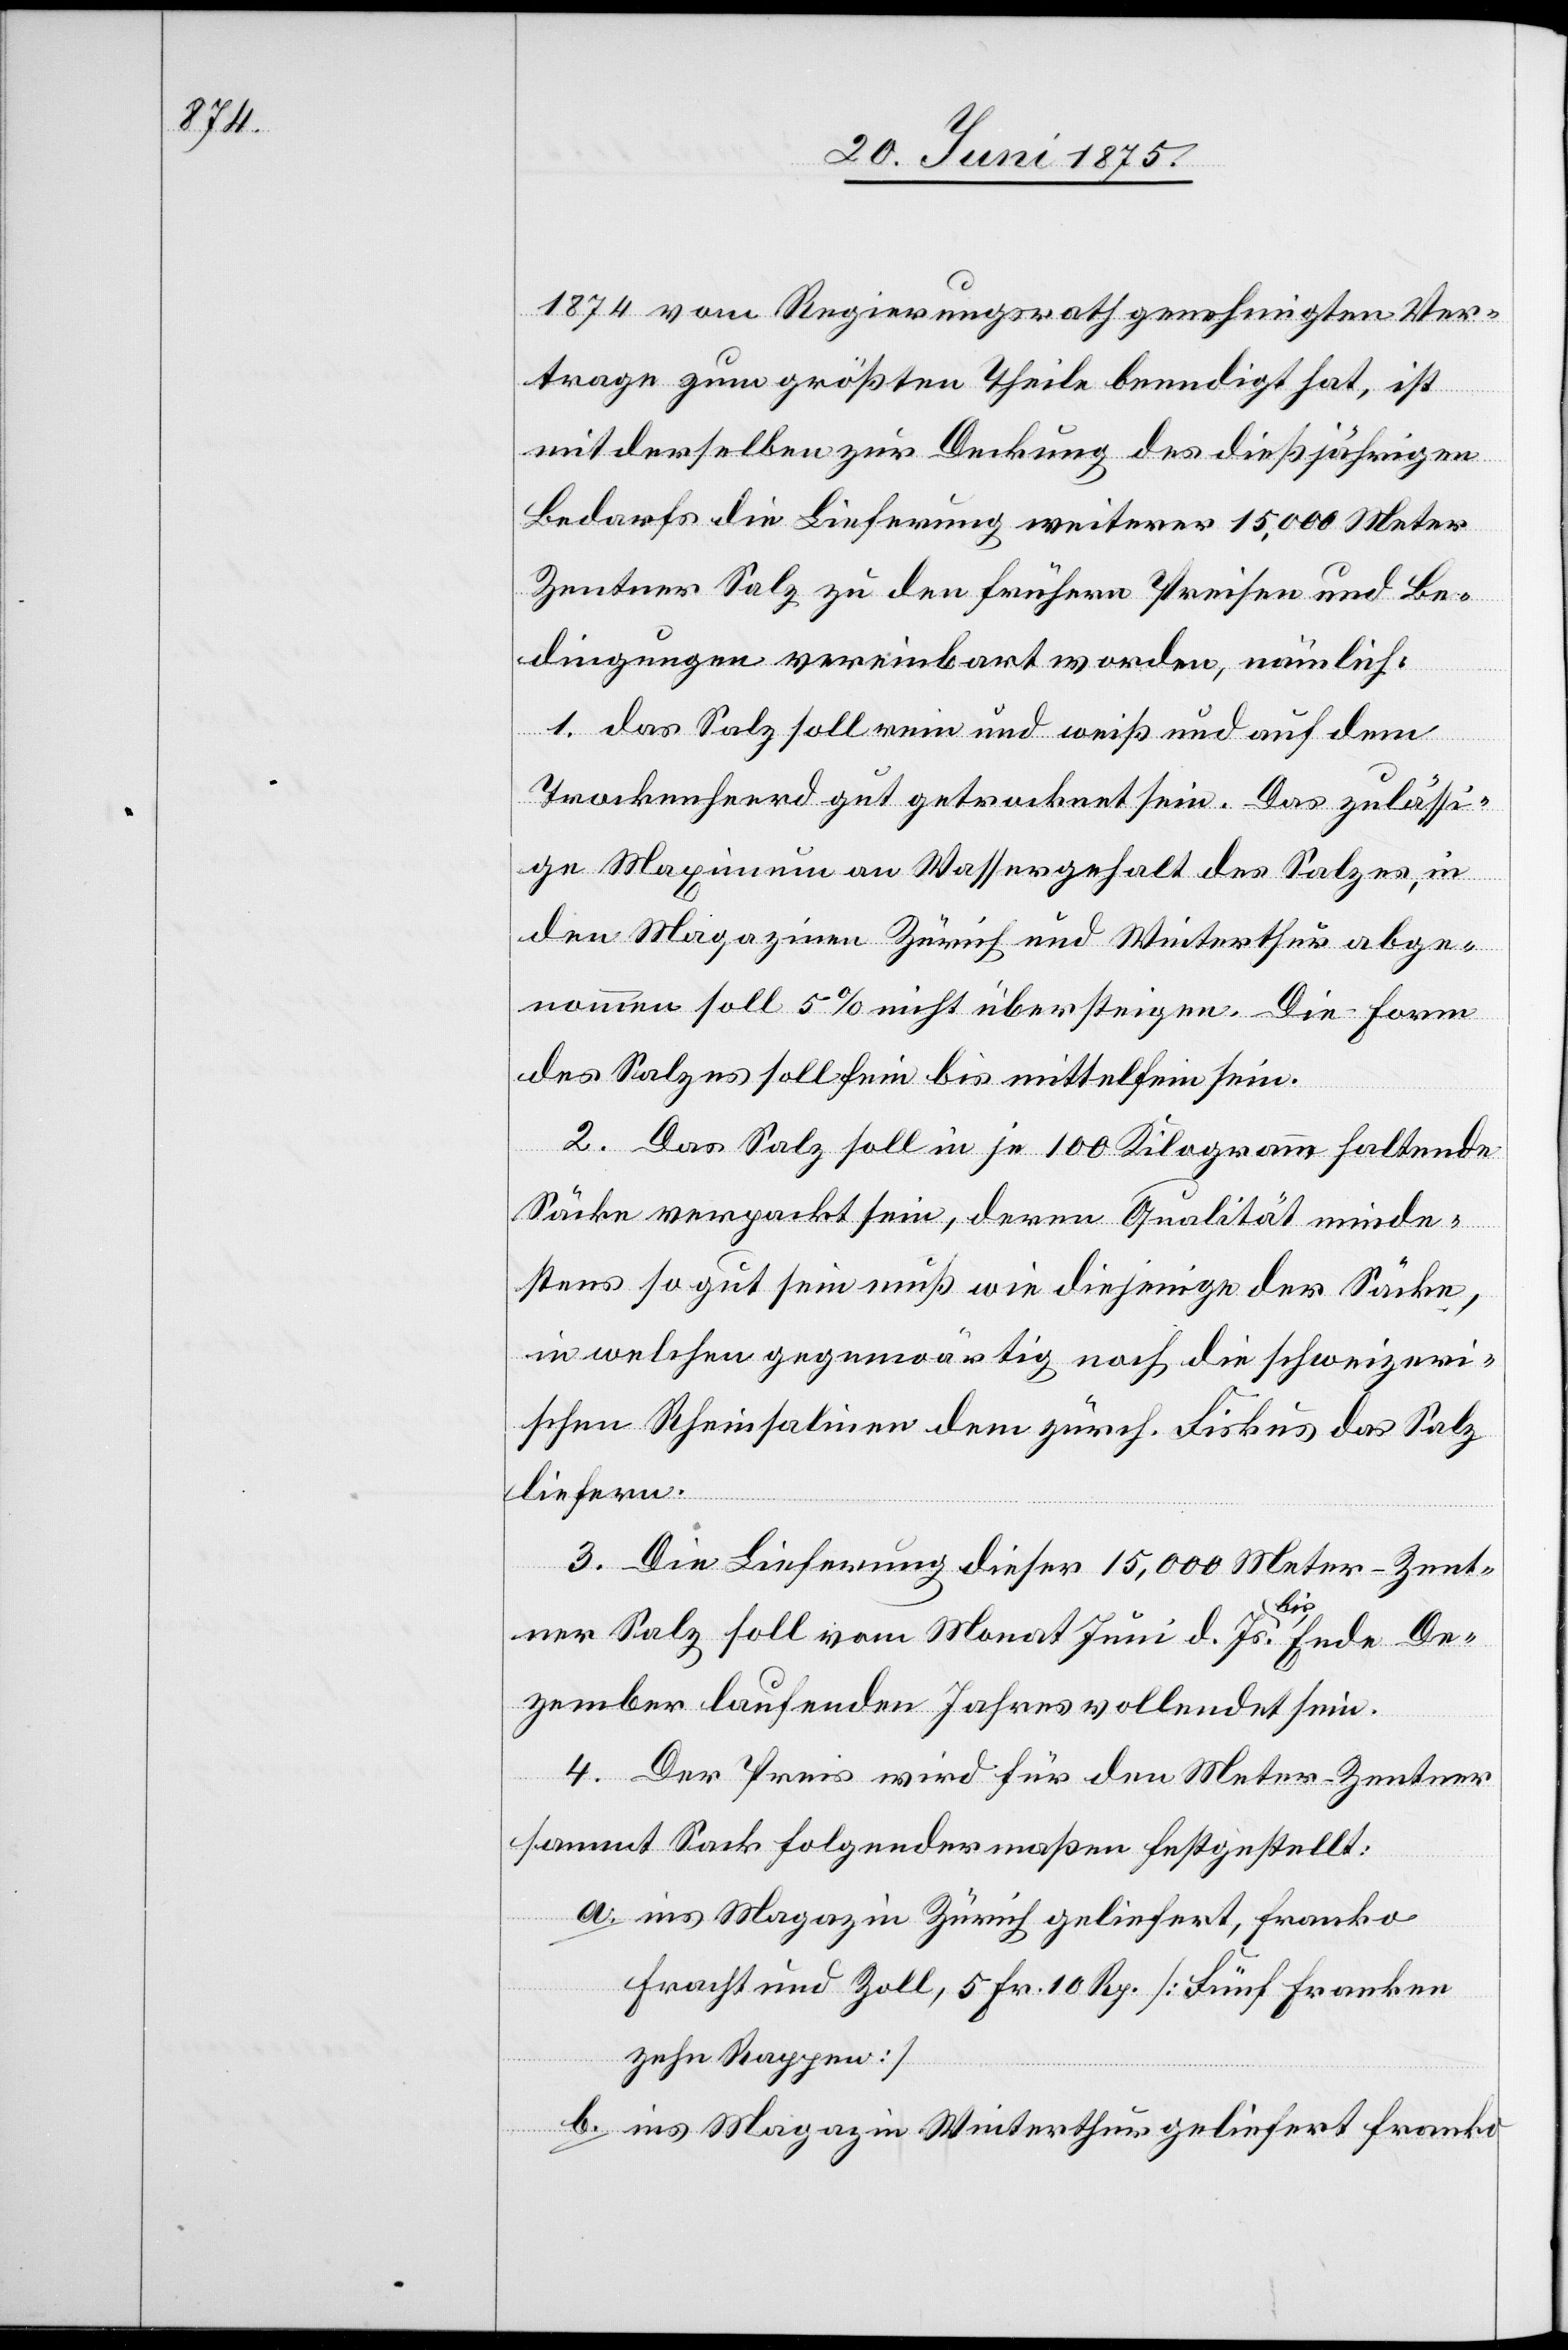
1874 vom Regierungsrath genehmigten Ver¬
trage zum größten Theile beendigt hat, ist
mit derselben zur Deckung des dießjährigen
Bedarfs die Lieferung weiterer 15,000 Mete¬
entner Salz zu den frühern Preisen und Be¬
dingungen vereinbart worden, nämlich:
1. das Salz soll rein und weiß und auf dem
Trockenheerd gut getrocknet sein. Das zulässi¬
ge Maximum an Wassergehalt des Salzes, in
den Magazinen Zürich und Winterthur abge¬
nommen soll 5% nicht übersteigen. Die Form
des Salzes soll fein bis mittelfein sein.
2. Das Salz soll in je 100 Kilogramm haltende
Säcke verpackt sein, deren Qualität minde¬
stens so gut sein muß wie diejenige der Säcke,
in welchen gegenwärtig noch die schweizeri¬
schen Rheinsalinen dem zürch. Fiskus das Salz
liefern.
3. Die Lieferung dieser 15,000 Meter-Zent¬
r[-]Z¬
ner Salz soll vom Monat Juni d. Js. bis Ende De¬
zember laufenden Jahres vollendet sein.
4. Der Preis wird für den Meter-Zentner
sammt Sack folgendermaßen festgestellt:
a. ins Magazin in Zürich geliefert, Franko
Fracht und Zoll, 5 Fr. 10 Rp. [Fünf Franken
zehn Rappen]
b. ins Magazin Winterthur geliefert Franko